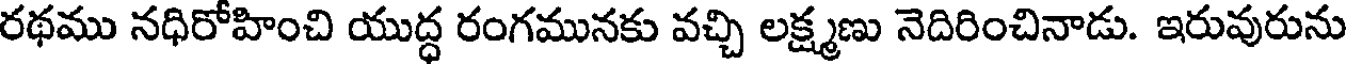
రథము నధిరోహించి యుద్ధ రంగమునకు వచ్చి లక్ష్మణు నెదిరించినాడు. ఇరువురును